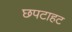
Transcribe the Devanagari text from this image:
छपटाहट